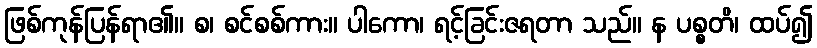
ဖြစ်ကုန်ပြန်ရာ၏။ စ၊ စင်စစ်ကား။ ပါကော၊ ရင့်ခြင်းဇရတာ သည်။ န ပစ္စတိ၊ ထပ်၍